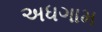
અધગામ